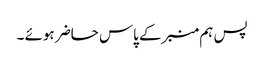
پس ہم منبرکے پاس حاضر ہوئے ۔